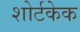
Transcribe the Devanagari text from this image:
शोर्टकेक